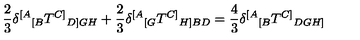
{ \frac { 2 } { 3 } } \delta ^ { [ A } { } _ { [ B } T ^ { C ] } { } _ { D ] G H } + { \frac { 2 } { 3 } } \delta ^ { [ A } { } _ { [ G } T ^ { C ] } { } _ { H ] B D } = \frac { 4 } { 3 } \delta ^ { [ A } { } _ { [ B } T ^ { C ] } { } _ { D G H ] }